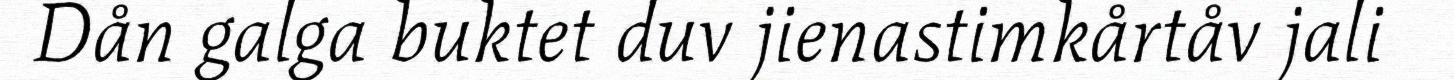
Dån galga buktet duv jienastimkårtåv jali